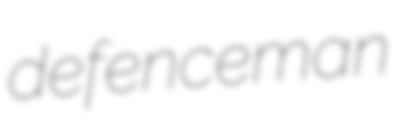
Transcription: defenceman